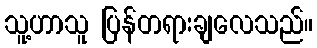
သူ့ဟာသူ ပြန်တရားချလေသည်။